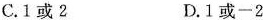
C. 1或2 D. 1或-2